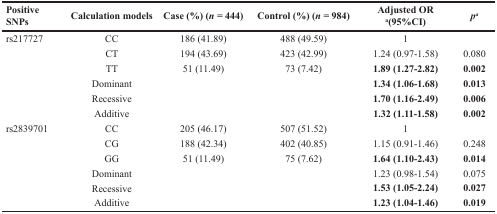
| Positive SNPs | Calculation models | Case (%) (n = 444) | Control (%) (n = 984) | Adjusted OR a(95%CI) | pa |
 | --- | --- | --- | --- | --- | --- |
 | rs217727 | CC | 186 (41.89) | 488 (49.59) | 1 |  |
 |  | CT | 194 (43.69) | 423 (42.99) | 1.24 (0.97-1.58) | 0.080 |
 |  | TT | 51 (11.49) | 73 (7.42) | 1.89 (1.27-2.82) | 0.002 |
 |  | Dominant |  |  | 1.34 (1.06-1.68) | 0.013 |
 |  | Recessive |  |  | 1.70 (1.16-2.49) | 0.006 |
 |  | Additive |  |  | 1.32 (1.11-1.58) | 0.002 |
 | rs2839701 | CC | 205 (46.17) | 507 (51.52) | 1 |  |
 |  | CG | 188 (42.34) | 402 (40.85) | 1.15 (0.91-1.46) | 0.248 |
 |  | GG | 51 (11.49) | 75 (7.62) | 1.64 (1.10-2.43) | 0.014 |
 |  | Dominant |  |  | 1.23 (0.98-1.54) | 0.075 |
 |  | Recessive |  |  | 1.53 (1.05-2.24) | 0.027 |
 |  | Additive |  |  | 1.23 (1.04-1.46) | 0.019 |